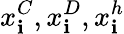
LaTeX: x_{\mathbf{i}}^{C},x_{\mathbf{i}}^{D},x_{\mathbf{i}}^{h}